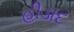
હીડાદ